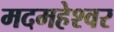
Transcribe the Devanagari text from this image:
मदमहेश्वर